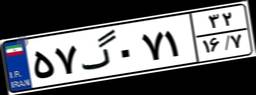
۱۸گ۰۴۷۶۱